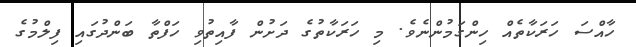
ހާއްސަ ހަރަކާތެއް ހިންގަމުންނެވެ. މި ހަރަކާތުގެ ދަށުން ފާއިތުވި ހަފްތާ ބަންދުގައި ފިލްމުގެ